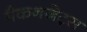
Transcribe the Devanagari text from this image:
मैकनजेट्स